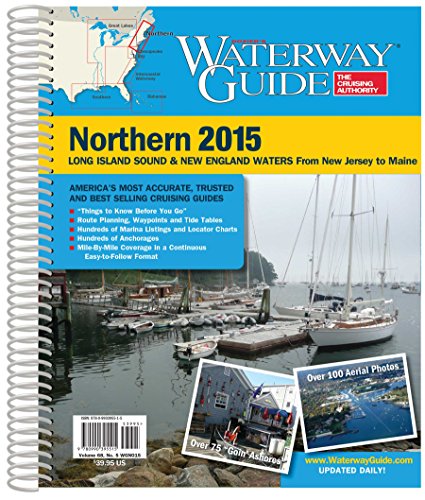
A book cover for Waterway Guide Northern 2015 (Waterway Guide Northern Edition); Waterway Guide; Travel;